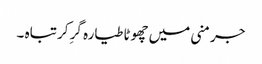
جرمنی میں چھوٹا طیارہ گرِ کر تباہ ۔